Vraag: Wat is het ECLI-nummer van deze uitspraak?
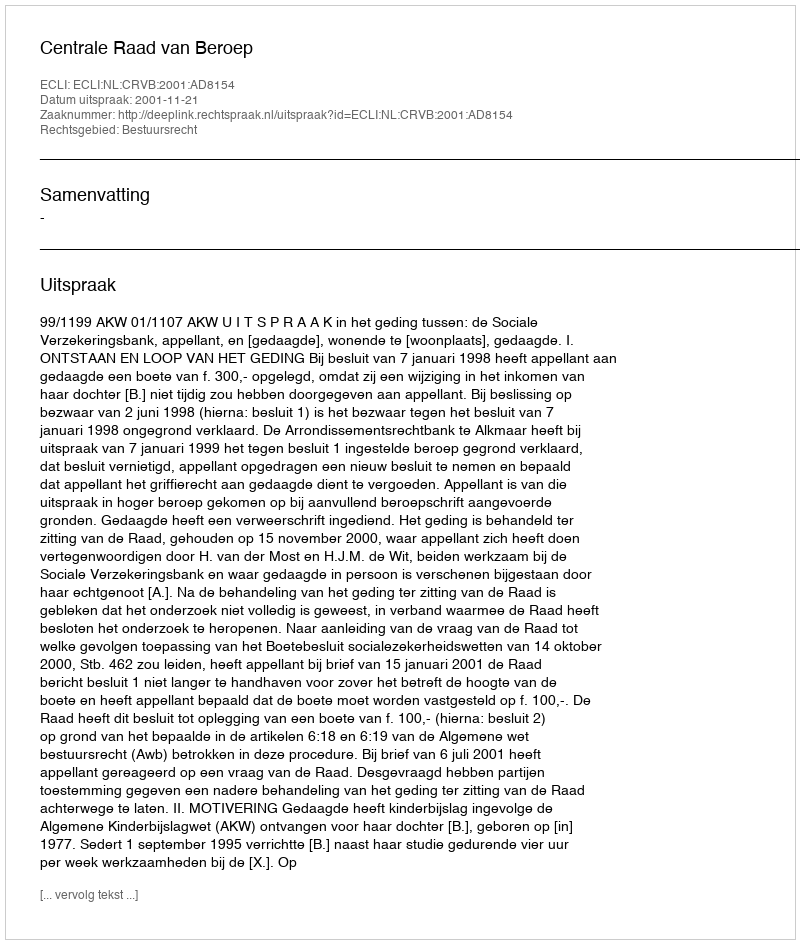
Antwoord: ECLI:NL:CRVB:2001:AD8154